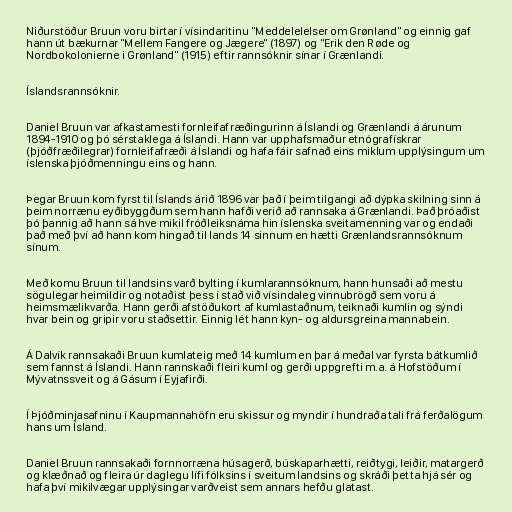
Niðurstöður Bruun voru birtar í vísindaritinu "Meddelelelser om Grønland" og einnig gaf
hann út bækurnar "Mellem Fangere og Jægere" (1897) og "Erik den Røde og
Nordbokolonierne i Grønland" (1915) eftir rannsóknir sínar í Grænlandi.

Íslandsrannsóknir.

Daniel Bruun var afkastamesti fornleifafræðingurinn á Íslandi og Grænlandi á árunum
1894-1910 og þó sérstaklega á Íslandi. Hann var upphafsmaður etnógrafískrar
(þjóðfræðilegrar) fornleifafræði á Íslandi og hafa fáir safnað eins miklum upplýsingum um
íslenska þjóðmenningu eins og hann.

Þegar Bruun kom fyrst til Íslands árið 1896 var það í þeim tilgangi að dýpka skilning sinn á
þeim norrænu eyðibyggðum sem hann hafði verið að rannsaka á Grænlandi. Það þróaðist
þó þannig að hann sá hve mikil fróðleiksnáma hin íslenska sveitamenning var og endaði
það með því að hann kom hingað til lands 14 sinnum en hætti Grænlandsrannsóknum
sínum.

Með komu Bruun til landsins varð bylting í kumlarannsóknum, hann hunsaði að mestu
sögulegar heimildir og notaðist þess í stað við vísindaleg vinnubrögð sem voru á
heimsmælikvarða. Hann gerði afstöðukort af kumlastaðnum, teiknaði kumlin og sýndi
hvar bein og gripir voru staðsettir. Einnig lét hann kyn- og aldursgreina mannabein.

Á Dalvík rannsakaði Bruun kumlateig með 14 kumlum en þar á meðal var fyrsta bátkumlið
sem fannst á Íslandi. Hann rannskaði fleiri kuml og gerði uppgrefti m.a. á Hofstöðum í
Mývatnssveit og á Gásum í Eyjafirði.

Í Þjóðminjasafninu í Kaupmannahöfn eru skissur og myndir í hundraða tali frá ferðalögum
hans um Ísland.

Daniel Bruun rannsakaði fornnorræna húsagerð, búskaparhætti, reiðtygi, leiðir, matargerð
og klæðnað og fleira úr daglegu lífi fólksins í sveitum landsins og skráði þetta hjá sér og
hafa því mikilvægar upplýsingar varðveist sem annars hefðu glatast.